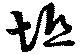
坻